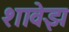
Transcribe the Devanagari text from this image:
शावेझ